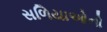
સળિયાઓનો